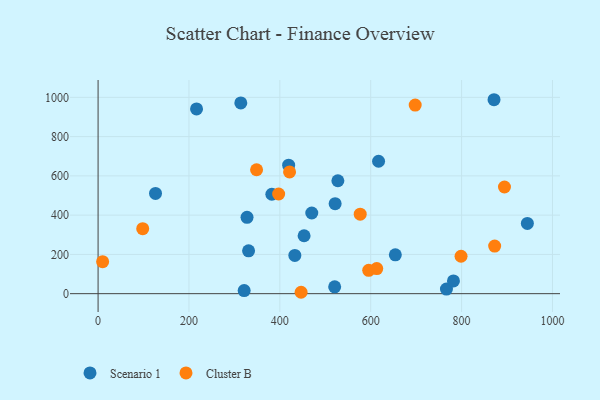
{"axis": {"x": "Ad Spend", "y": "Rating"}, "legend": ["Cluster B", "Scenario 1"], "data": [{"x": "453.4", "y": 295.0, "type": "Scenario 1"}, {"x": "654.2", "y": 198.0, "type": "Scenario 1"}, {"x": "520.7", "y": 35.1, "type": "Scenario 1"}, {"x": "944.8", "y": 357.6, "type": "Scenario 1"}, {"x": "331.2", "y": 218.3, "type": "Scenario 1"}, {"x": "527.7", "y": 575.3, "type": "Scenario 1"}, {"x": "766.7", "y": 23.3, "type": "Scenario 1"}, {"x": "327.8", "y": 389.1, "type": "Scenario 1"}, {"x": "782.1", "y": 64.8, "type": "Scenario 1"}, {"x": "521.7", "y": 458.5, "type": "Scenario 1"}, {"x": "126.4", "y": 510.7, "type": "Scenario 1"}, {"x": "433.0", "y": 195.0, "type": "Scenario 1"}, {"x": "216.7", "y": 941.1, "type": "Scenario 1"}, {"x": "871.4", "y": 987.9, "type": "Scenario 1"}, {"x": "382.4", "y": 506.5, "type": "Scenario 1"}, {"x": "321.5", "y": 15.7, "type": "Scenario 1"}, {"x": "419.4", "y": 654.5, "type": "Scenario 1"}, {"x": "470.3", "y": 410.9, "type": "Scenario 1"}, {"x": "617.3", "y": 674.4, "type": "Scenario 1"}, {"x": "314.1", "y": 971.5, "type": "Scenario 1"}, {"x": "595.6", "y": 118.9, "type": "Cluster B"}, {"x": "348.8", "y": 631.1, "type": "Cluster B"}, {"x": "872.8", "y": 242.4, "type": "Cluster B"}, {"x": "576.9", "y": 404.8, "type": "Cluster B"}, {"x": "697.9", "y": 960.8, "type": "Cluster B"}, {"x": "798.8", "y": 190.5, "type": "Cluster B"}, {"x": "894.4", "y": 543.3, "type": "Cluster B"}, {"x": "446.8", "y": 7.1, "type": "Cluster B"}, {"x": "10.0", "y": 163.0, "type": "Cluster B"}, {"x": "613.3", "y": 128.0, "type": "Cluster B"}, {"x": "397.4", "y": 507.7, "type": "Cluster B"}, {"x": "421.4", "y": 619.9, "type": "Cluster B"}, {"x": "98.2", "y": 331.2, "type": "Cluster B"}]}